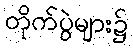
တိုက်ပွဲများ၌